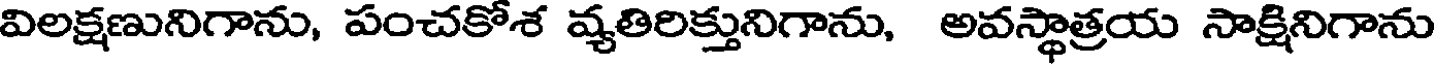
విలక్షణునిగాను, పంచకోశ వ్యతిరిక్తునిగాను, అవస్థాత్రయ సాక్షినిగాను